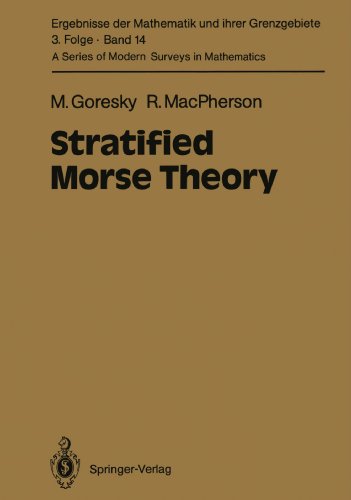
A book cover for Stratified Morse Theory (Ergebnisse der Mathematik und ihrer Grenzgebiete. 3. Folge / A Series of Modern Surveys in Mathematics); Mark Goresky; Science & Math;